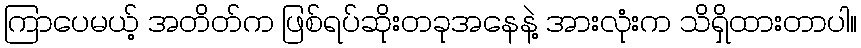
ကြာပေမယ့် အတိတ်က ဖြစ်ရပ်ဆိုးတခုအနေနဲ့ အားလုံးက သိရှိထားတာပါ။